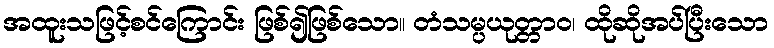
အထူးသဖြင့်စင်ကြောင်း ဖြစ်၍ဖြစ်သော။ တံသမ္ပယုတ္တာဝ၊ ထိုဆိုအပ်ပြီးသော